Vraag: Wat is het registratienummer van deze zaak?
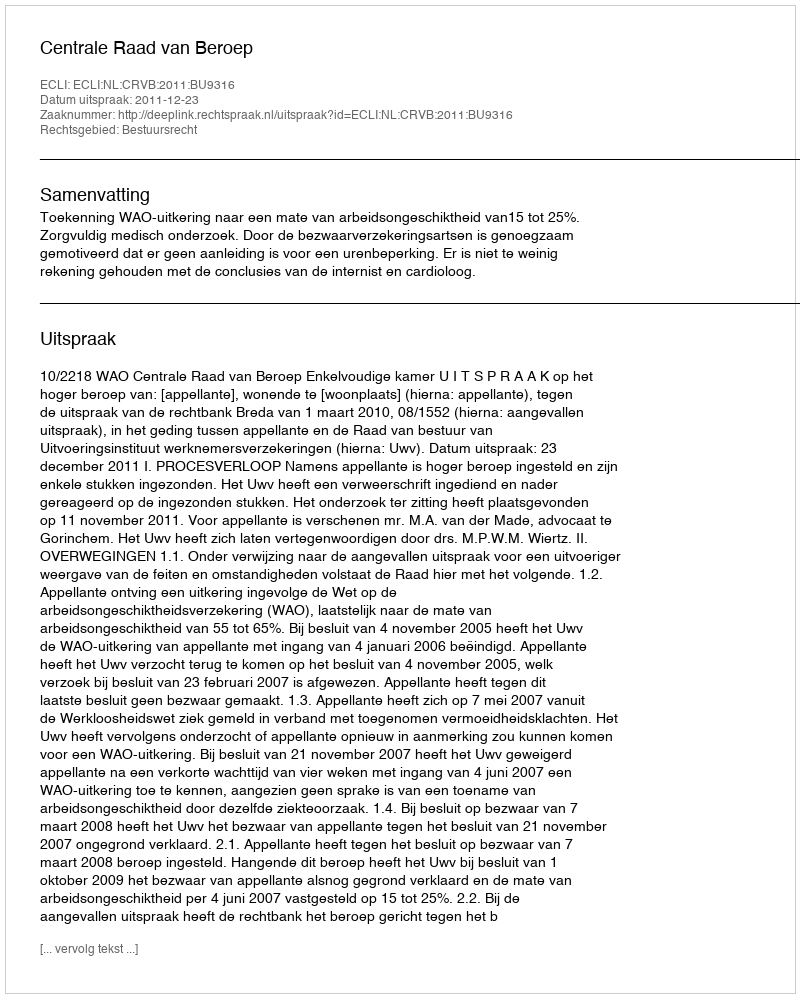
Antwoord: http://deeplink.rechtspraak.nl/uitspraak?id=ECLI:NL:CRVB:2011:BU9316